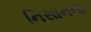
નિસાનના